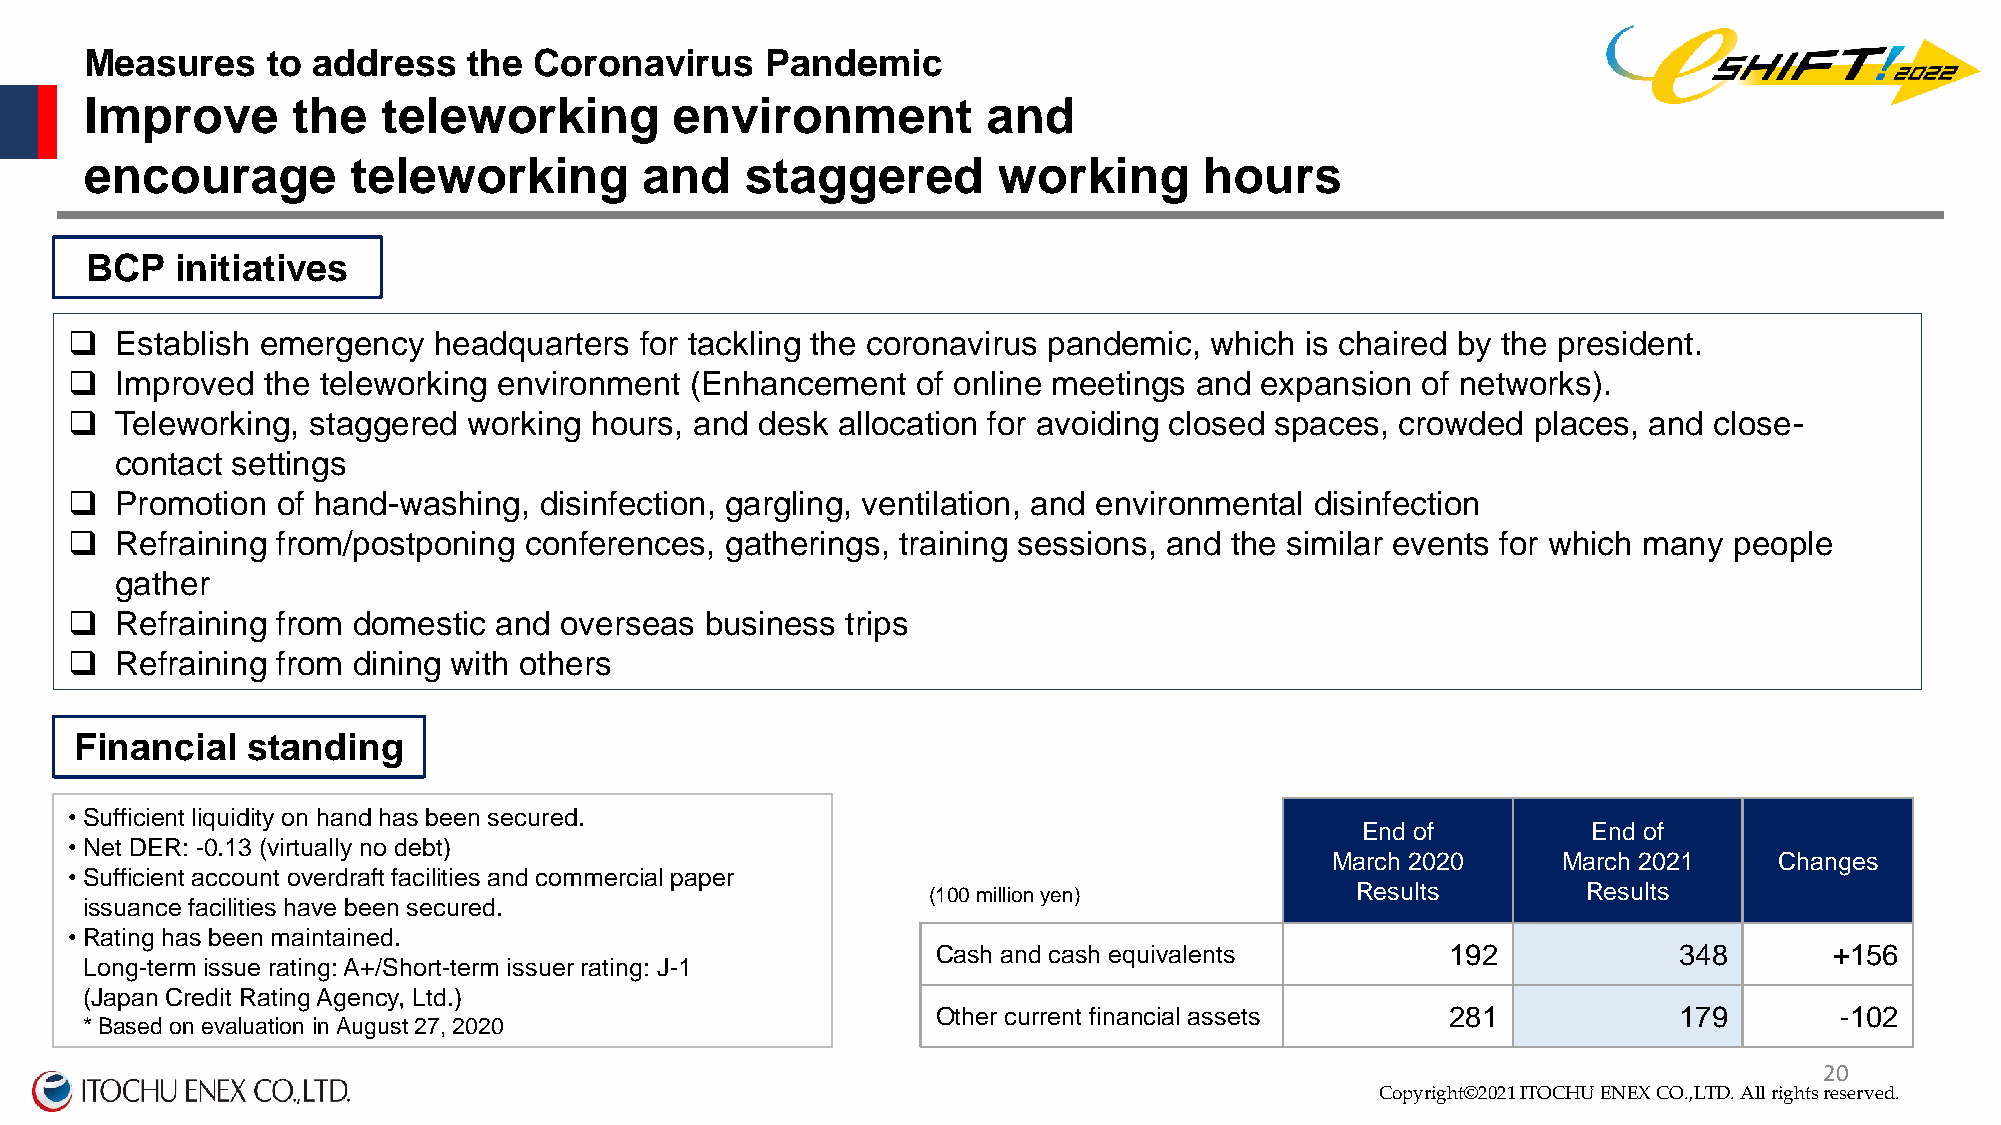
Measures    to address   the Coronavirus     Pandemic
 Improve      the   teleworking         environment         and
 encourage        teleworking        and    staggered        working       hours
 BCP   initiatives
   Establish emergency  headquarters for tackling the coronavirus pandemic, which is chaired by the president.
   Improved the teleworking environment  (Enhancement   of online meetings and expansion of networks).
   Teleworking, staggered working hours, and desk allocation for avoiding closed spaces, crowded places, and close-
 contact settings
   Promotion of hand-washing,  disinfection, gargling, ventilation, and environmental disinfection
   Refraining from/postponing conferences, gatherings, training sessions, and the similar events for which many people
 gather
   Refraining from domestic and overseas  business trips
   Refraining from dining with others
 Financial  standing
 •Sufficient liquidity on hand has been secured.
 End of         End of
 •Net DER: -0.13 (virtually no debt)
 a               March 2020     March 2021     Changes
 •Sufficient account overdraft facilities and commercial paper
 (100 million yen)            Results        Results
 issuance facilities have been secured.
 •Rating has been maintained.
 Cash and cash equivalents         192            348       +156
 Long-term issue rating: A+/Short-term issuer rating: J-1
 (Japan Credit Rating Agency, Ltd.)
 Other current financial assets    281            179        -102
 * Based on evaluation in August 27, 2020
 Copyright©2020 ITOCHU ENEX CO.,LTD. All right2s 0reserved.
 Copyright©2021 ITOCHU ENEX CO.,LTD. All rights reserved.